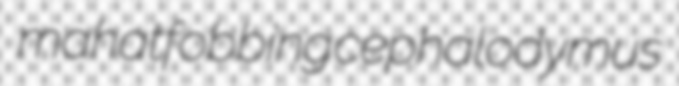
mahat fobbing cephalodymus